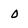
Character: 0